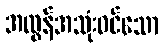
အလွန်အသုံးဝင်သော